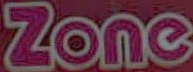
Zone